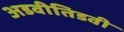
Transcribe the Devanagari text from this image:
अडवीतिडवी